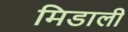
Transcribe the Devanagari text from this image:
मिडाली